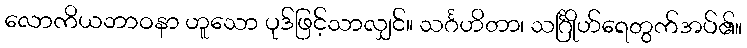
လောကိယဘာဝနာ ဟူသော ပုဒ်ဖြင့်သာလျှင်။ သင်္ဂဟိတာ၊ သင်္ဂြိုဟ်ရေတွက်အပ်၏။